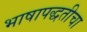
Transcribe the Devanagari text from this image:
भाषापद्धतीचा